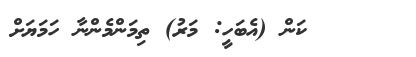
٤٧     ކަން (އެބަހީ: މަރު) ތިމަންމެންނާ ހަމަޔަށް